Civil Veterinary Department. United Provinces 1923-31 - 1923-1931
Year: 1923
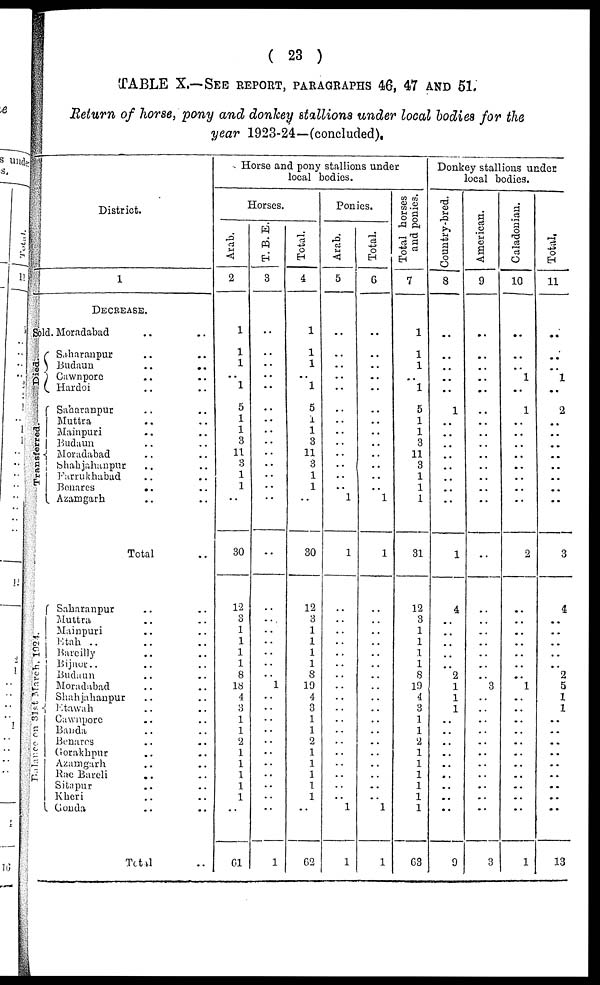
( 23 )
TABLE X.—SEE REPORT, PARAGRAPH 46, 47 AND 51.
Return of horse, pony and donkey stallions under local bodies for the
year 1923-24—(concluded).
District.
1
DECREASE..
Id. Moradabad .. ..
Saharanpur .. ..
Budaun
..
..
Cawnpore .. ..
Hardoi .. ..
Saharanpur .. ..
Muttra .. ..
Mainpuri .. ..
Budaun .. ..
Moradabad .. ..
Shahjahanpur .. ..
Farrukhabad .. ..
Benares
..
..
Azamgarh .. ..
Total
Saharanpur .. ..
Muttra .. ..
Mainpuri .. ..
Etah .. .. ..
Bareilly .. ..
Bijnor.. .. ..
Budaun .. ..
Moradabad .. ..
Shahjahanpur .. ..
Etawah .. ..
Cawnpore .. ..
Banda .. ..
Benares .. ..
Gorakhpur .. ..
Azamgarh .. ..
Rae Bareli .. ..
Sitapur .. ..
Kheri .. ..
Gonda .. ..
Total ..
Horse and pony stallions under
local bodies.
Horses.
Arab.
2
1
1
1
..
1
5
1
1
3
11
3
1
1
..
30
12
3
1
1
1
1
8
18
4
3
1
1
2
1
1
1
1
1
..
61
T. B. E.
3
..
..
..
..
..
..
..
..
..
..
..
..
..
..
..
..
..
..
..
..
..
..
1
..
..
..
..
..
..
..
..
..
..
..
1
Total.
4
1
1
1
..
1
5
1
1
3
11
3
1
1
..
30
12
3
1
1
1
1
8
19
4
3
1
1
2
1
1
1
1
1
..
62
Ponies.
Arab.
5
..
..
..
..
..
.. ..
..
..
..
..
..
1
1
..
..
..
..
..
..
..
..
..
..
..
..
..
..
..
..
..
.. 1
1
Total.
6
..
..
..
..
..
..
.. ..
.. ..
..
..
..
1
1
..
..
..
..
..
..
..
..
..
..
..
..
..
..
..
..
..
.. 1
1
Total horses
and ponies.
7
1
1
1
..
1
5
1
1
3
11
3
1
1
1
31
12
3
1
1
1
1
8
10
4
3
1
1
2
1
1
1
1
1
1
63
Donkey stallions under
local bodies.
Country-bred.
8
..
..
..
..
1
..
..
..
..
..
..
..
..
1
4
..
..
..
..
..
2
1
1
1
..
..
..
..
..
..
..
..
..
9
American.
i
9
..
..
..
..
..
..
..
..
..
..
..
..
..
..
..
..
..
..
..
..
..
..
3
..
..
..
..
..
..
..
..
..
..
..
3
Caladonian.
10
..
..
..
1
..
1
..
..
..
..
..
..
..
..
2
..
..
..
..
..
..
....
1
..
..
..
..
..
..
..
..
..
..
..
1
Total.
11
..
..
..
1
..
2
..
..
..
..
..
..
..
..
3
4
..
..
..
..
..
2
5
1
1
..
..
..
..
..
..
..
..
..
13